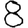
Digit: 8